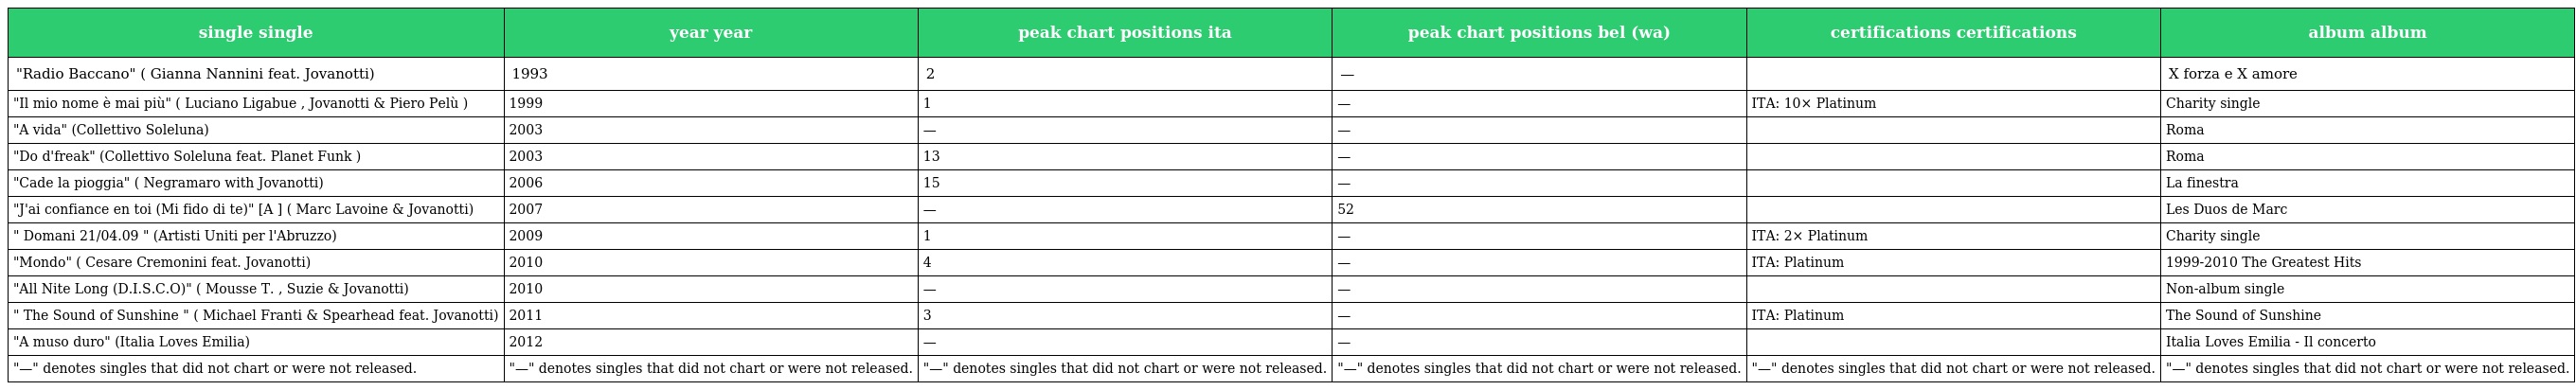
| single single | year year | peak chart positions ita | peak chart positions bel (wa) | certifications certifications | album album |
 | --- | --- | --- | --- | --- | --- |
 | "Radio Baccano" ( Gianna Nannini feat. Jovanotti) | 1993 | 2 | — |  | X forza e X amore |
 | "Il mio nome è mai più" ( Luciano Ligabue , Jovanotti & Piero Pelù ) | 1999 | 1 | — | ITA: 10× Platinum | Charity single |
 | "A vida" (Collettivo Soleluna) | 2003 | — | — |  | Roma |
 | "Do d'freak" (Collettivo Soleluna feat. Planet Funk ) | 2003 | 13 | — |  | Roma |
 | "Cade la pioggia" ( Negramaro with Jovanotti) | 2006 | 15 | — |  | La finestra |
 | "J'ai confiance en toi (Mi fido di te)" [A ] ( Marc Lavoine & Jovanotti) | 2007 | — | 52 |  | Les Duos de Marc |
 | " Domani 21/04.09 " (Artisti Uniti per l'Abruzzo) | 2009 | 1 | — | ITA: 2× Platinum | Charity single |
 | "Mondo" ( Cesare Cremonini feat. Jovanotti) | 2010 | 4 | — | ITA: Platinum | 1999-2010 The Greatest Hits |
 | "All Nite Long (D.I.S.C.O)" ( Mousse T. , Suzie & Jovanotti) | 2010 | — | — |  | Non-album single |
 | " The Sound of Sunshine " ( Michael Franti & Spearhead feat. Jovanotti) | 2011 | 3 | — | ITA: Platinum | The Sound of Sunshine |
 | "A muso duro" (Italia Loves Emilia) | 2012 | — | — |  | Italia Loves Emilia - Il concerto |
 | "—" denotes singles that did not chart or were not released. | "—" denotes singles that did not chart or were not released. | "—" denotes singles that did not chart or were not released. | "—" denotes singles that did not chart or were not released. | "—" denotes singles that did not chart or were not released. | "—" denotes singles that did not chart or were not released. |